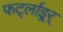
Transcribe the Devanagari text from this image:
फर्ट्लाइर्‍र्